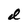
Character: d